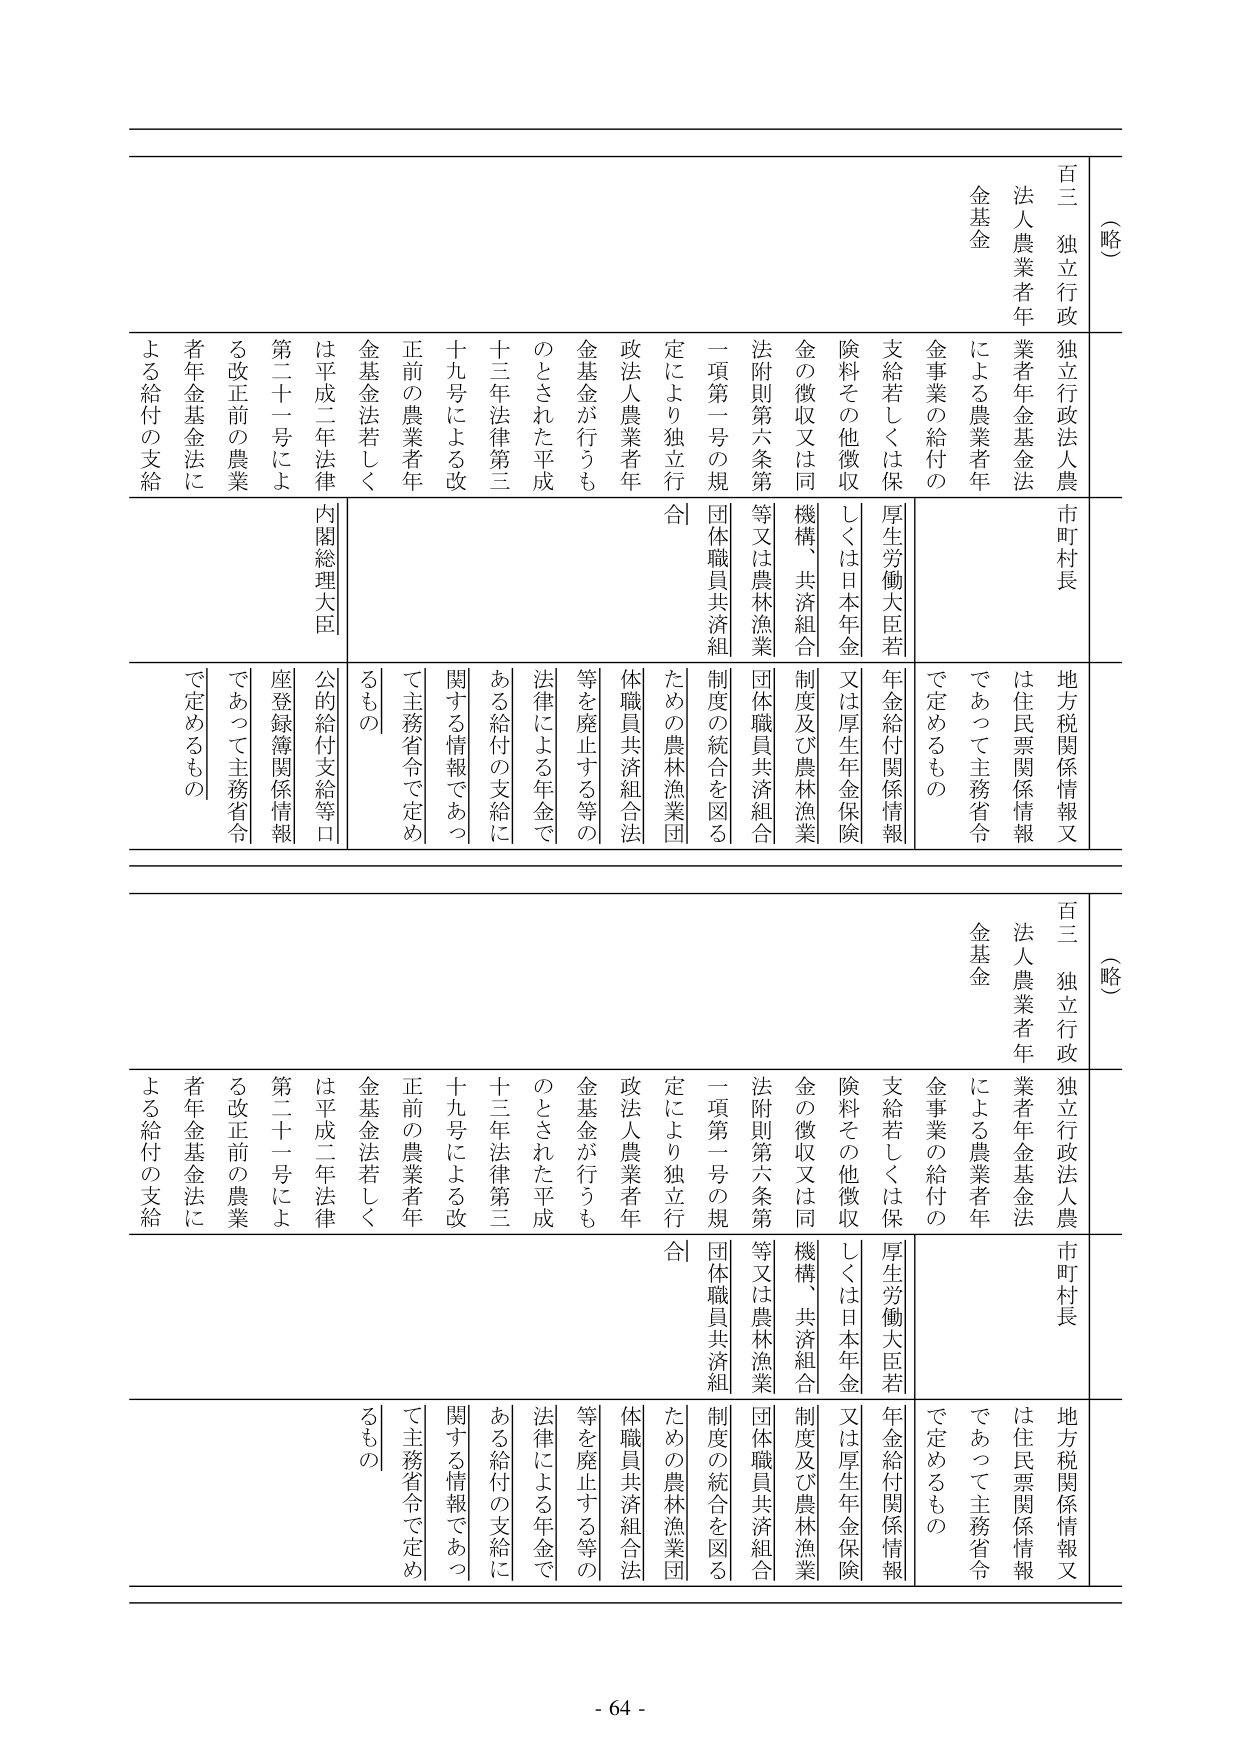
（略）
百三 独立行政
法人農業者年
金基金
独立行政法人農
市町村長
地方税関係情報又
は住民票関係情報
であって主務省令
で定めるもの
法人農業者年
金基金
による農業者年
金事業の給付の
支給若しくは保
険料その他徴収
金の徴収又は同
法附則第六条第
一項第一号の規
定により独立行
政法人農業者年
金基金が行うも
のとされた平成
十三年法律第三
十九号による改
正前の農業者年
金基金法若しく
は平成二年法律
第二十一号によ
る改正前の農業
者年金基金法に
よる給付の支給
厚生労働大臣若
しくは日本年金
機構、共済組合
制度及び農林漁業
団体職員共済組
合
法附則第六条第
一項第一号の規
定により独立行
政法人農業者年
金基金が行うも
のとされた平成
十三年法律第三
十九号による改
正前の農業者年
金基金法若しく
は平成二年法律
第二十一号によ
る改正前の農業
者年金基金法に
よる給付の支給
内閣総理大臣
公的給付支給等口
座登録簿関係情報
であって主務省令
で定めるもの
（略）
百三 独立行政
法人農業者年
金基金
独立行政法人農
市町村長
地方税関係情報又
は住民票関係情報
であって主務省令
で定めるもの
法人農業者年
金基金
による農業者年
金事業の給付の
支給若しくは保
険料その他徴収
金の徴収又は同
法附則第六条第
一項第一号の規
定により独立行
政法人農業者年
金基金が行うも
のとされた平成
十三年法律第三
十九号による改
正前の農業者年
金基金法若しく
は平成二年法律
第二十一号によ
る改正前の農業
者年金基金法に
よる給付の支給
厚生労働大臣若
しくは日本年金
機構、共済組合
制度及び農林漁業
団体職員共済組
合
法附則第六条第
一項第一号の規
定により独立行
政法人農業者年
金基金が行うも
のとされた平成
十三年法律第三
十九号による改
正前の農業者年
金基金法若しく
は平成二年法律
第二十一号によ
る改正前の農業
者年金基金法に
よる給付の支給
- 64 -